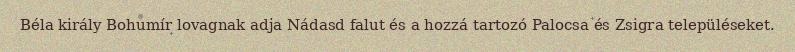
Béla király Bohumír lovagnak adja Nádasd falut és a hozzá tartozó Palocsa és Zsigra településeket.